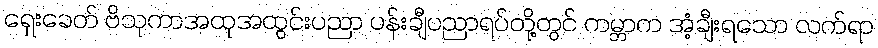
ရှေးခေတ် ဗိသုကာအထုအထွင်းပညာ ပန်းချီပညာရပ်တို့တွင် ကမ္ဘာက အံ့ချီးရသော လက်ရာ